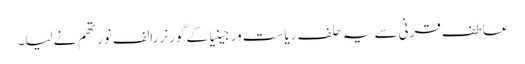
عاطف قرنی سے یہ حلف ریاست ورجینیا کے گورنر رالف نورتھم نے لیا۔